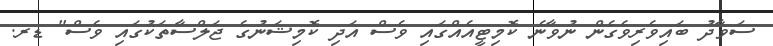
ސަވާދު ބައިވެރިވެގެން ނުވާނެ ކޮމިޓީއެއްގައި ވެސް އަދި ކޮމިޝަނުގެ ޖަލްސާތަކުގައި ވެސް" ޑރ.